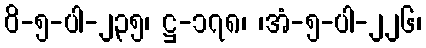
ဝိ-၅-ပါ-၂၃၅၊ ဋ္ဌ-၁၇၈၊ ၊အံ-၅-ပါ-၂၂၆၊